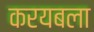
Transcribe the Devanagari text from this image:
करयबला